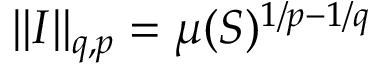
\| I \| _ { q , p } = \mu ( S ) ^ { 1 / p - 1 / q }